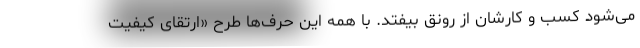
می‌شود کسب و کارشان از رونق بیفتد. با همه این حرف‌ها طرح «ارتقای کیفیت